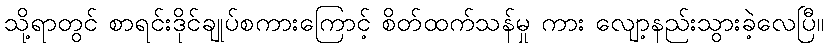
သို့ရာတွင် စာရင်းဒိုင်ချုပ်စကားကြောင့် စိတ်ထက်သန်မှု ကား လျော့နည်းသွားခဲ့လေပြီ။